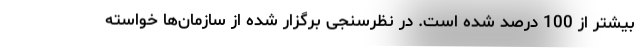
بیشتر از 100 درصد شده است. در نظرسنجی برگزار شده از سازمان‌ها خواسته